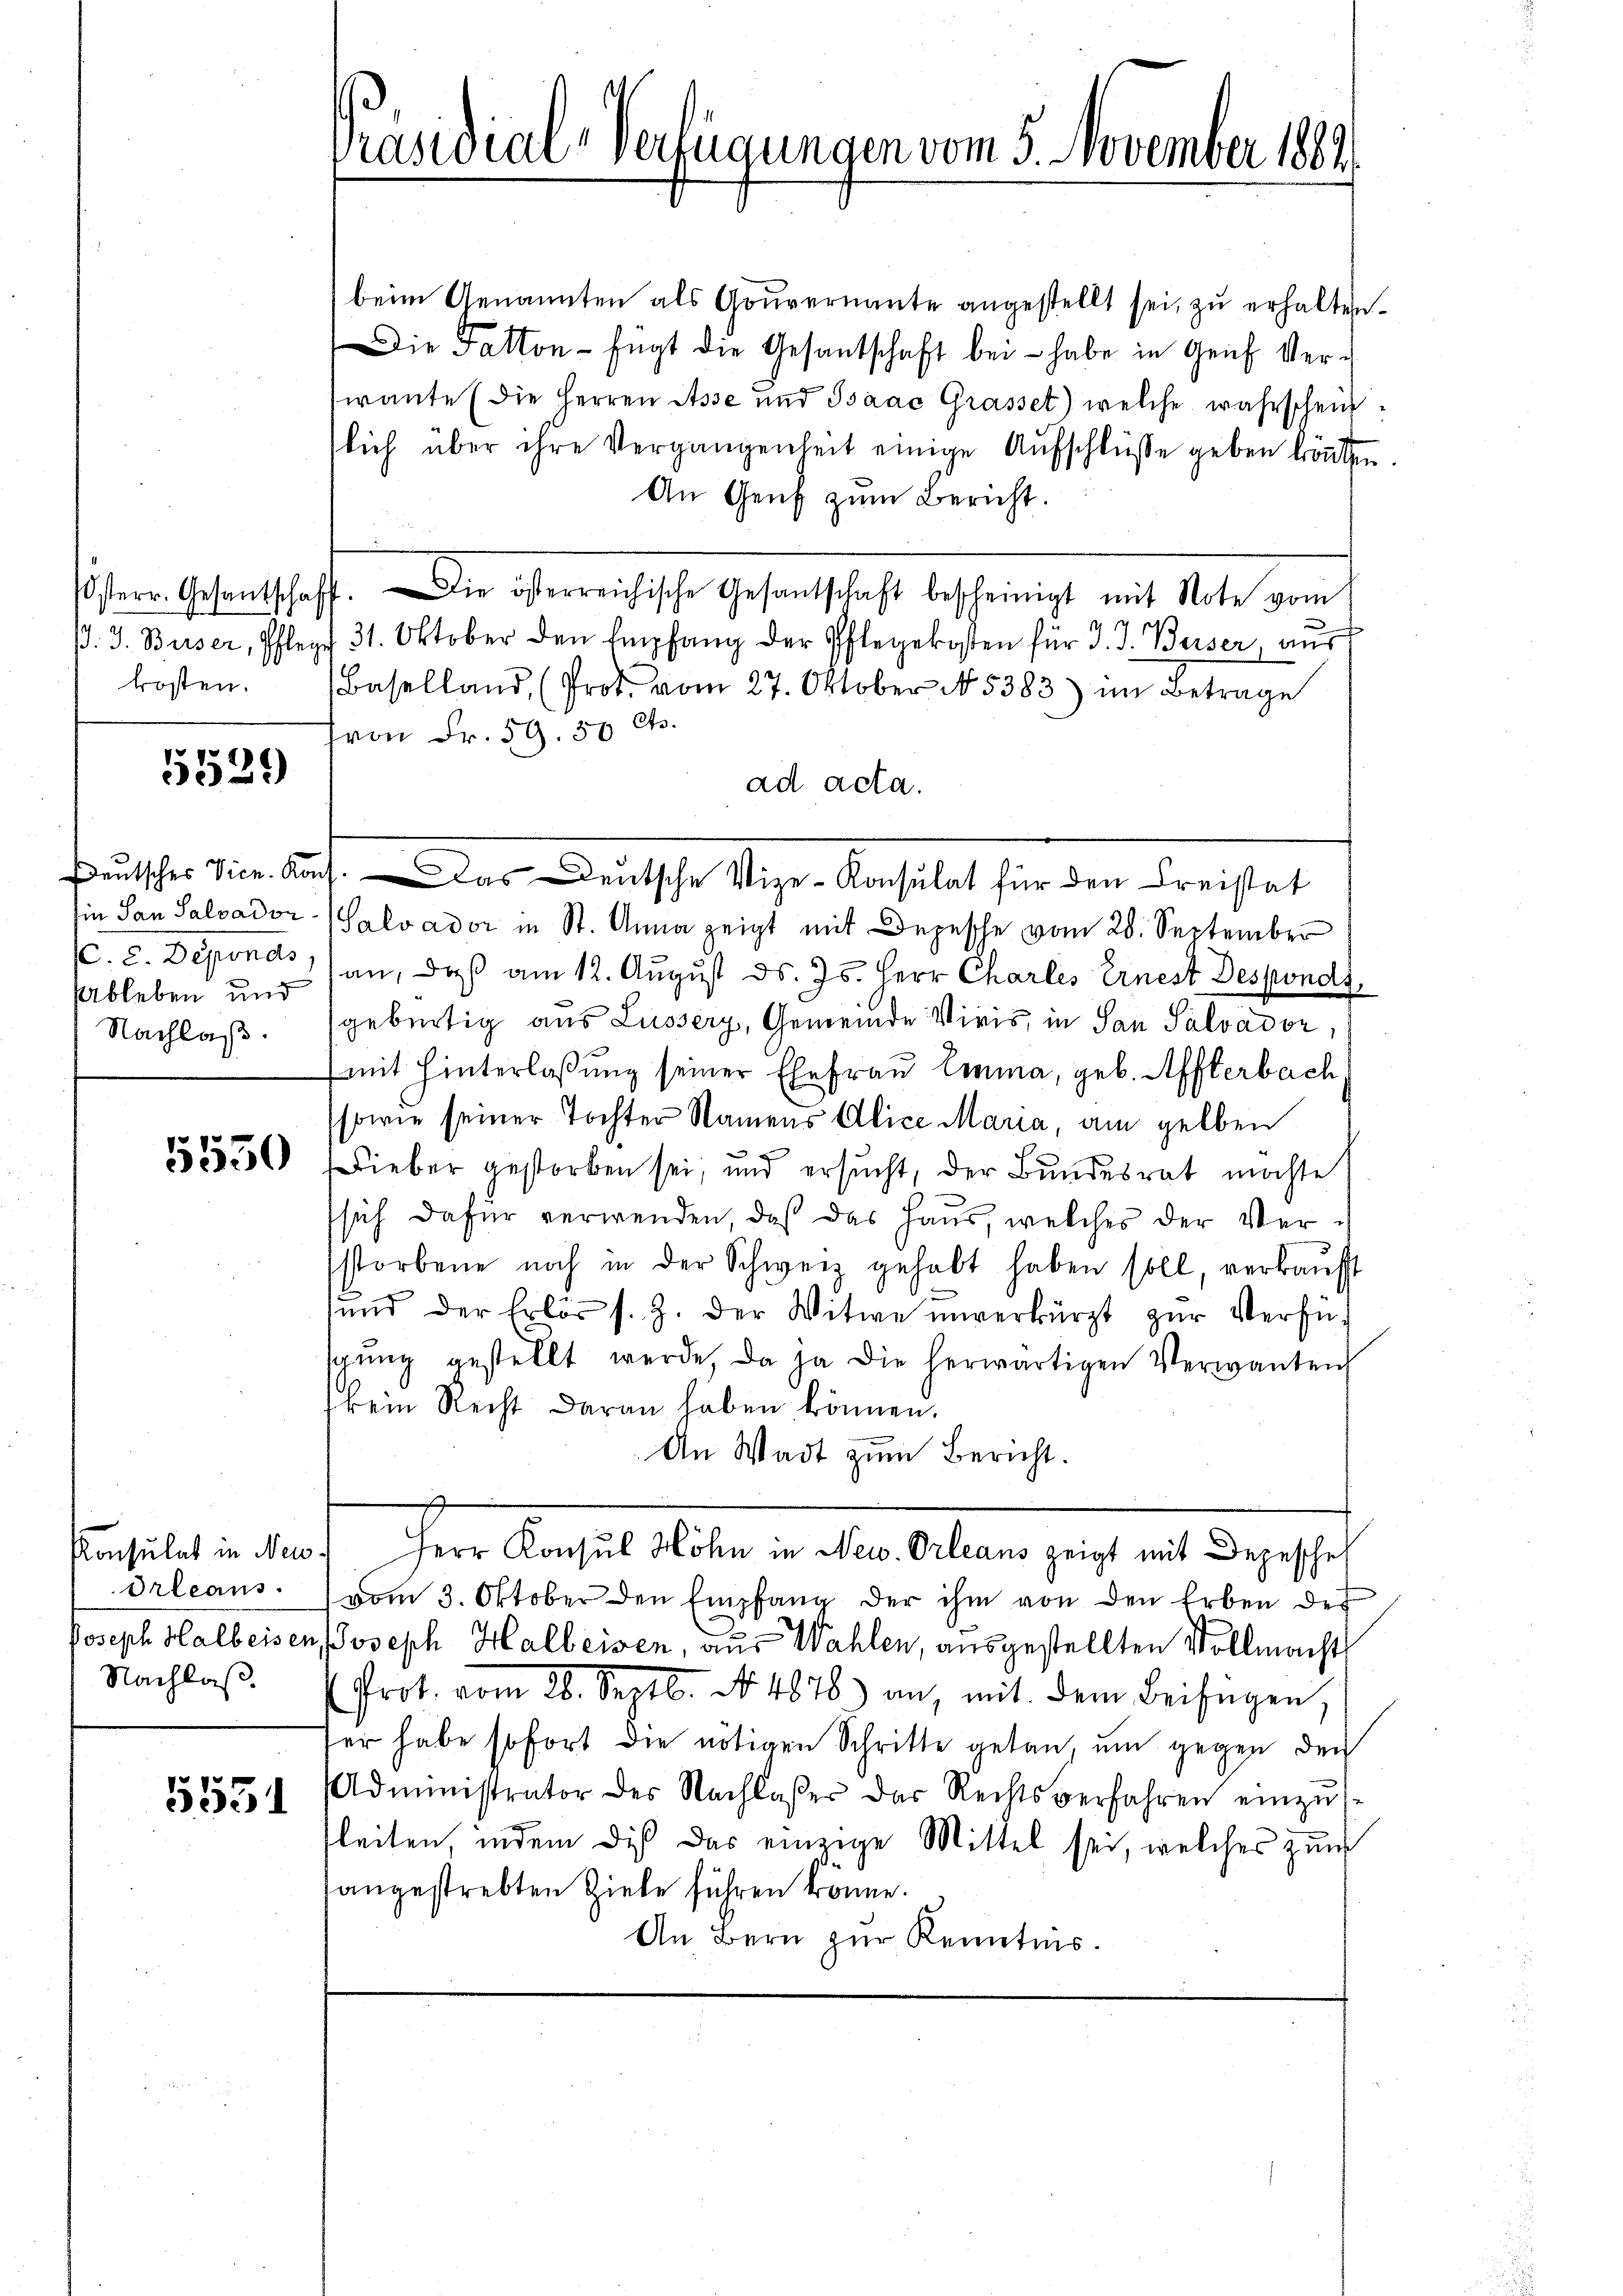
kosten.

5529

Ableben und
Nachlaß.

5550

Orleans
Nachlaß.

5531

Präsidial-Verfügungen vom 5. November 1881.

beim Genannten als Gouvernante angestellt sei, zu erhalten.
Die Fatton - fügt die Gesantschaft bei - habe in Genf Ver-
irante (die Herren Asse und Isaac Grasset) welche wahrscheinslich über ihre Vergangenheit einige Aŭfschlüsse geben könten.
An Genf zum Bericht.
sen. Gesandtschaft. Die obereichische Gesandtschaft bescheinigt mit Note vom
ß. J. Buser, Pflege 31. Oktober den Empfang der Pflegekosten für J. J. Beiser, aŭs
Baselland (Prot. vom 27. Oktober N5383) im Betrage
von Fr. 59. 50 Cts.
ad acta.
in San Salvador (Salvador in St. Anna zeigt mit Depesche vom 28. September
(C. c. Deponas, an, daß am 12. August ds. Js. Herr Charles Ernest Despondi
gebürtig aus Lusserz, Gemeinde Viris, in San Salvador,
mit Hinterlaßung seiner Ehefrau Emma, geb. Affterbach
sowie seiner Tochter Namens Alice Maria, am gelben
Lieber gestorben sei, und ersucht, der Bundesrat möchte
sich dafür verwenden, daß das Haus, welches der Verstorbene noch in der Schweiz gehabt haben soll, verkaŭft
und der Erlös s. Z. der Witwe unverkürzt zur Verfüsgŭng gestellt werde, da ja die herwärtigen Verwanten
kein Recht daran haben können.
An Wadt zum Bericht.
Konsulat in New. Herr Konsul Höhn in New. Orleans zeigt mit Depescheh
vom 3. Oktober den Empfang der ihm von den Erben der
Joseph Halbeisen Joseph Halbeisen, aus Wahlen, ausgestellten Vollmachts
Prot. vom 26. Septb. No. 4876) an, mit dem Beifügen,
er habe sofort die nötigen Schritte getan, um gegen den
Administrator des Nachlaβer der Rechtsverfahren einzŭ-
leiten, indem die das einzige Mittel sei, welches zŭm
angestrebten Ziele führen könne.
An Bern zur Kenntnis.

Beutscher Vice-Kons. — Das deutsche Vize-Konsulat für den Kreistat